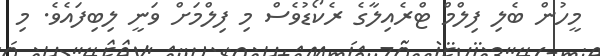
މީހުން ބެލި ފިލްމް ޓްރެއިލާގެ ރެކޯޑުވެސް މި ފިލްމަށް ވަނީ ލިބިފައެވެ. މި